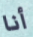
أنا